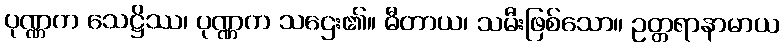
ပုဏ္ဏက သေဋ္ဌိဿ၊ ပုဏ္ဏက သဌေး၏။ ဓီတာယ၊ သမီးဖြစ်သော။ ဥတ္တရာနာမာယ